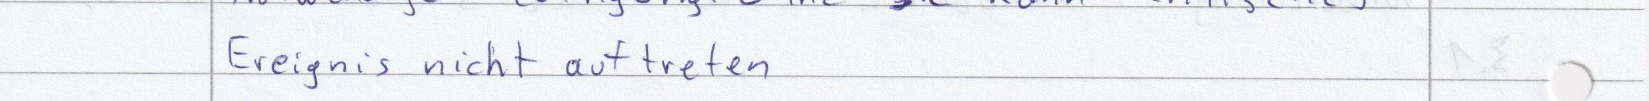
Ereignis nicht auftreten